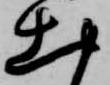
出